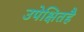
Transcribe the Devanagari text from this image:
उपेक्षितहै